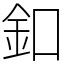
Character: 釦